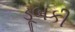
ડૂબકી